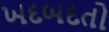
ખદબદતો